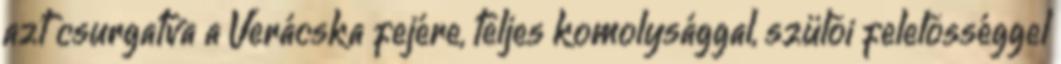
azt csurgatva a Verácska fejére, teljes komolysággal, szülõi felelõsséggel